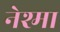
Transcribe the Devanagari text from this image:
नेश्मा